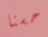
حسنا